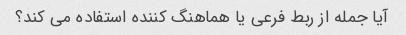
آیا جمله از ربط فرعی یا هماهنگ کننده استفاده می کند؟